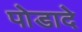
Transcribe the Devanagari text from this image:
पोडादे